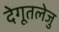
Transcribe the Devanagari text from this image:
देगूतलेजु